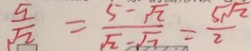
\frac { 5 } { \sqrt { 2 } } = \frac { 5 - \sqrt { 2 } } { \sqrt { 2 } - \sqrt { 7 } } = \frac { 5 \sqrt { 2 } } { 2 }